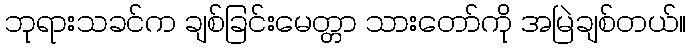
ဘုရားသခင်က ချစ်ခြင်းမေတ္တာ သားတော်ကို အမြဲချစ်တယ်။